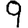
Digit: 9